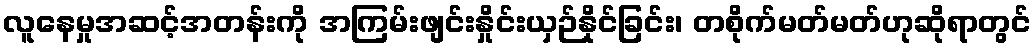
လူနေမှုအဆင့်အတန်းကို အကြမ်းဖျင်းနှိုင်းယှဉ်နိုင်ခြင်း၊ တစိုက်မတ်မတ်ဟုဆိုရာတွင်